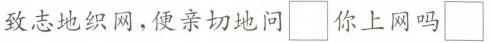
致志地织网，便亲切地问\Box你上网吗\Box